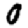
Digit: 0